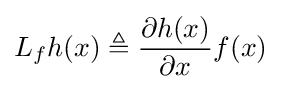
L_{f}h(x)\triangleq {\frac {\partial h(x)}{\partial x}}f(x)